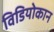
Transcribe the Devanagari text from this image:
विडियोकान